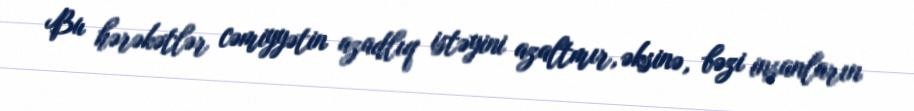
Bu hərəkətlər cəmiyyətin azadlıq istəyini azaltmır, əksinə, bəzi insanların